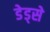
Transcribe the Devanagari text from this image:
डेड्से